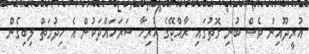
އުރީދޫއިން ވެސް ބުނި ގޮތުގައި ރާއްޖޭގެ ހުރިހާ ސަރަހައްދަކުން އެ ހިދުމަތް ލިބިގެން